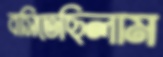
বসিতেছিলাম